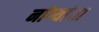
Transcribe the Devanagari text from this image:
नांग्यांचा